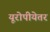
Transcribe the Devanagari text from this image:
यूरोपीयेतर